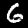
Digit: 6